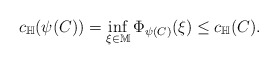
\begin{align*}c_{\mathbb{H}}(\psi(C)) = \inf_{\xi\in \mathbb{M}} \Phi_{\psi(C)} (\xi) \leq c_{\mathbb{H}}(C).\end{align*}